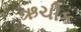
ઋચીક